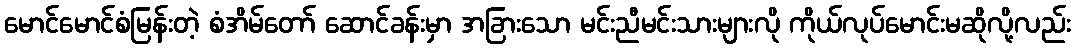
မောင်မောင်စံမြန်းတဲ့ စံအိမ်တော် ဆောင်ခန်းမှာ အခြားသော မင်းညီမင်းသားများလို ကိုယ်လုပ်မောင်းမဆိုလို့လည်း